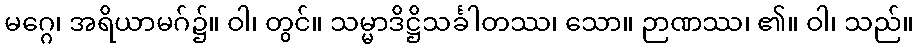
မဂ္ဂေ၊ အရိယာမဂ်၌။ ဝါ၊ တွင်။ သမ္မာဒိဋ္ဌိသင်္ခါတဿ၊ သော။ ဉာဏဿ၊ ၏။ ဝါ၊ သည်။